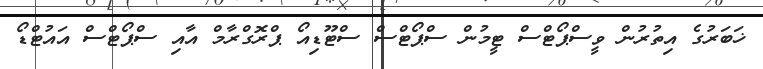
ޚަބަރުގެ އިތުރުން ވީސްޕޯޓްސް ޓީމުން ސްޕޯޓްސް ސްޓޫޑިއޯ ޕްރޮގްރާމް އާއި ސްޕޯޓްސް އައުޓްޑޯ